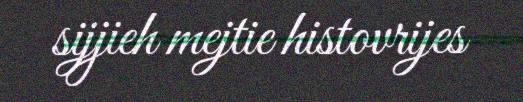
sijjieh mejtie histovrijes